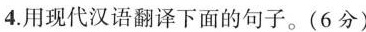
4.用现代汉语翻译下面的句子。(6分)